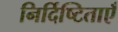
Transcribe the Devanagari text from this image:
निर्दिष्टिताएँ